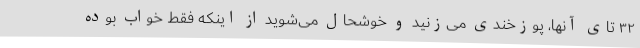
۳۲ تای آنها، پوزخندی می‌زنید و خوشحال می‌شوید از اینکه فقط خواب بوده